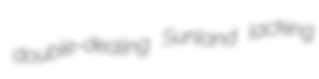
double-dealing Sunland lacking